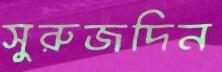
সুরুজদিন